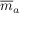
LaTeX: { \overline { { m } } } _ { a }